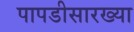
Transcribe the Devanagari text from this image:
पापडीसारख्या